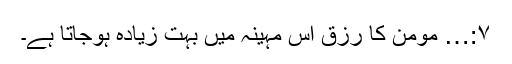
۷:… مومن کا رزق اس مہینہ میں بہت زیادہ ہوجاتا ہے۔